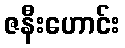
ဇနီးဟောင်း